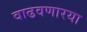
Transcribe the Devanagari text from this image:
वाढवणारया